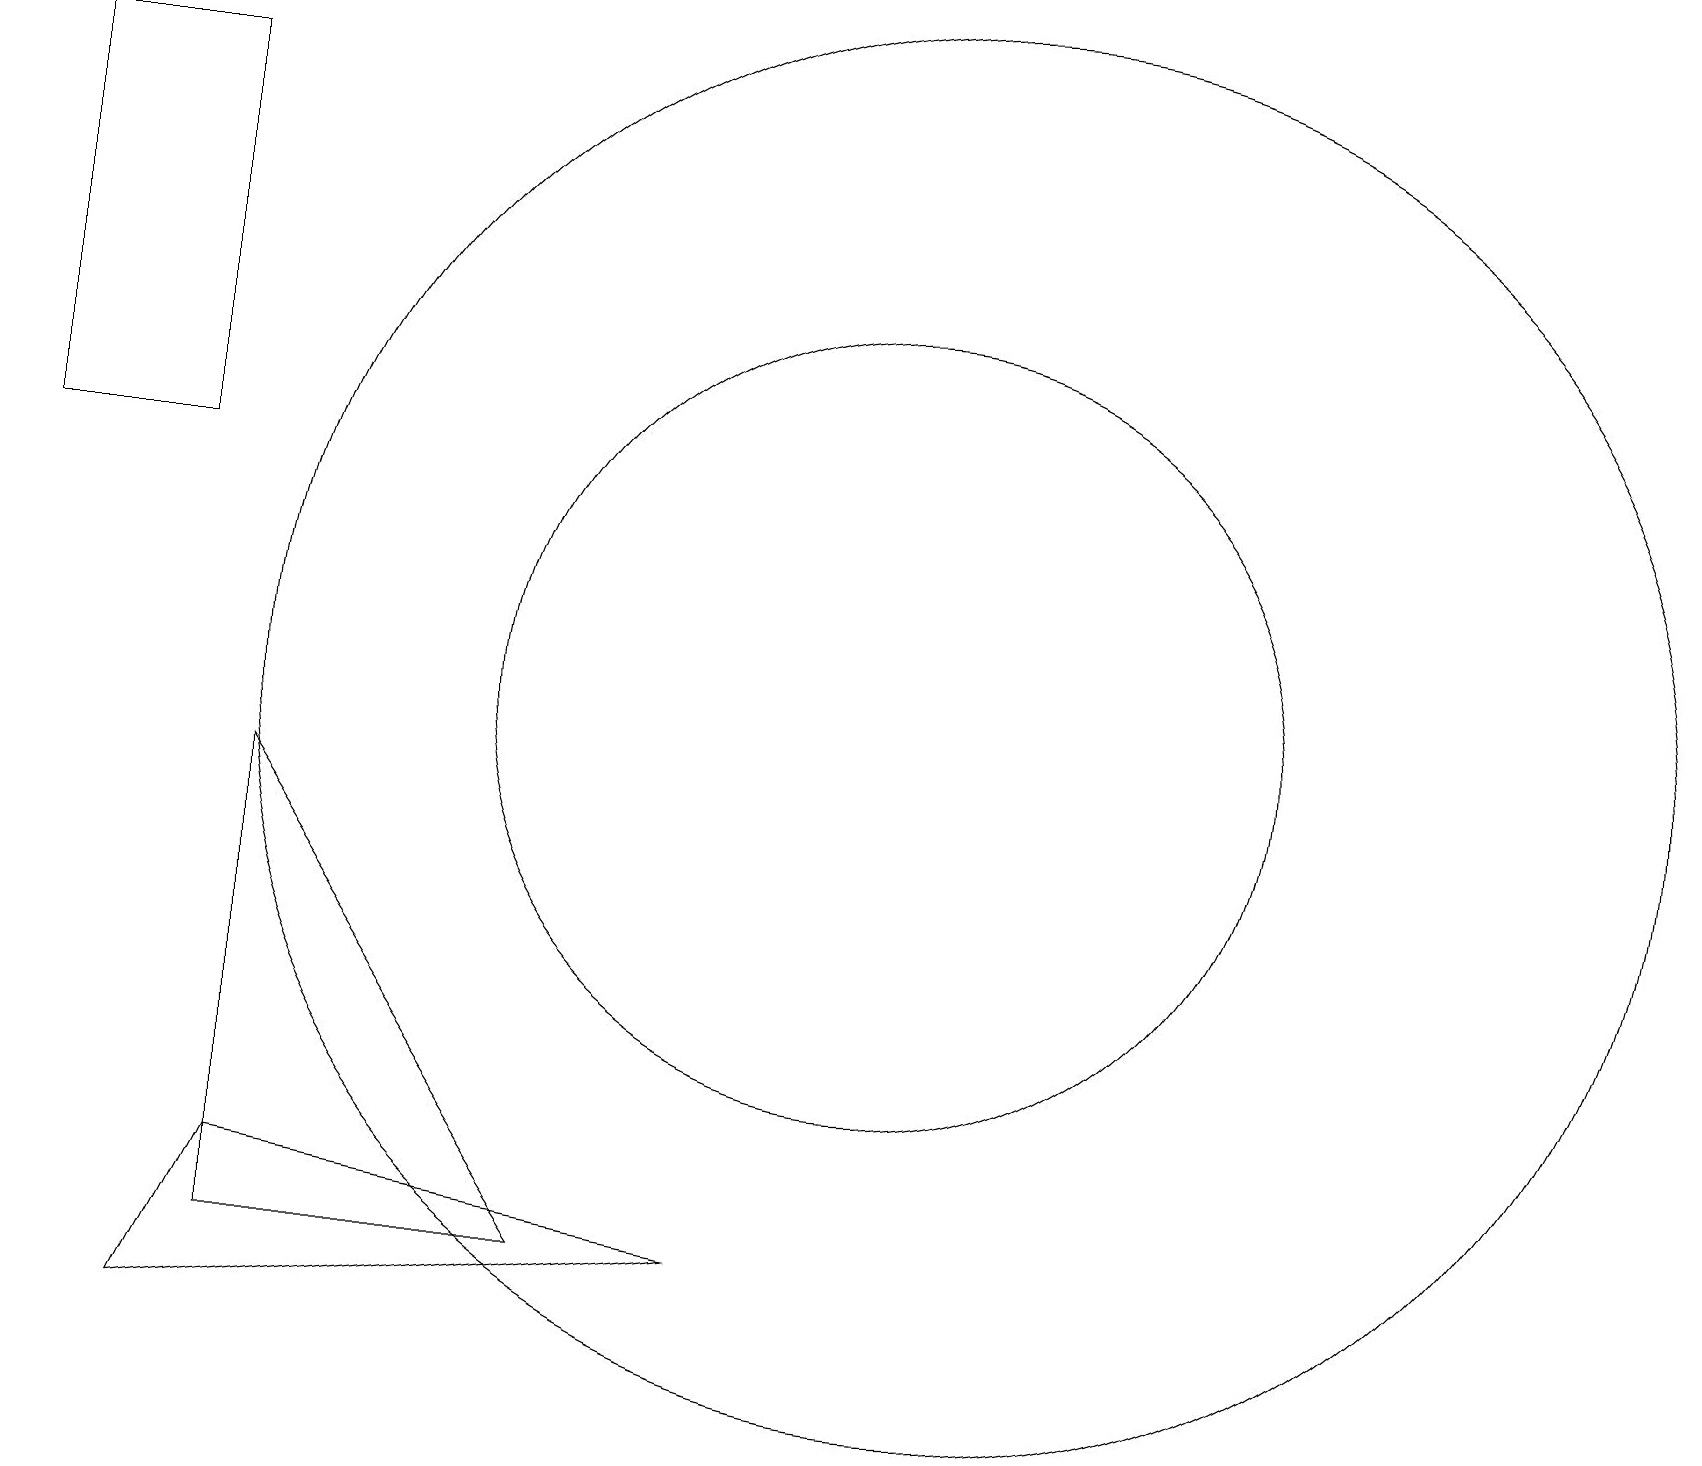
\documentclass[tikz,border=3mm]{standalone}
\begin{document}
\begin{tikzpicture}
\draw (9,3) -- (3,4) -- (2,2) -- cycle;
\draw (0,18) rectangle (2,13);
\draw (7,3) -- (3,9) -- (3,3) -- cycle;
\draw (11,10) circle (5);
\draw (12,10) circle (9);
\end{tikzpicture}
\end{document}